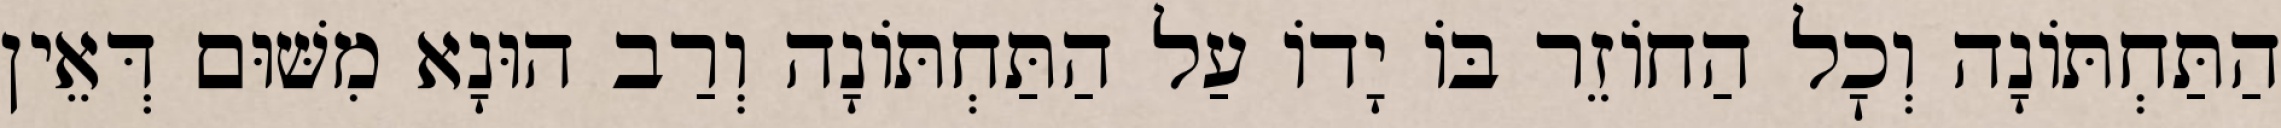
הַתַּחְתּוֹנָה וְכׇל הַחוֹזֵר בּוֹ יָדוֹ עַל הַתַּחְתּוֹנָה וְרַב הוּנָא מִשּׁוּם דְּאֵין